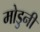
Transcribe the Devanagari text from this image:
मोडुनी